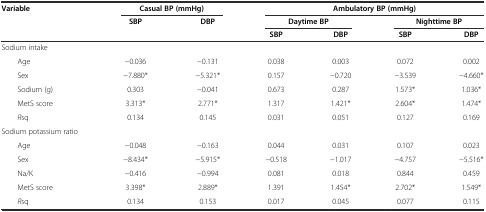
<table><thead><tr><td rowspan="3"><b>Variable</b></td><td colspan="2"><b>Casual BP (mmHg)</b></td><td colspan="4"><b>Ambulatory BP (mmHg)</b></td></tr><tr><td rowspan="2"><b>SBP</b></td><td rowspan="2"><b>DBP</b></td><td colspan="2"><b>Daytime BP</b></td><td colspan="2"><b>Nighttime BP</b></td></tr><tr><td><b>SBP</b></td><td><b>DBP</b></td><td><b>SBP</b></td><td><b>DBP</b></td></tr></thead><tbody><tr><td>Sodium intake</td><td></td><td></td><td></td><td></td><td></td><td></td></tr><tr><td>Age</td><td>−0.036</td><td>−0.131</td><td>0.038</td><td>0.003</td><td>0.072</td><td>0.002</td></tr><tr><td>Sex</td><td>−7.880*</td><td>−5.321*</td><td>0.157</td><td>−0.720</td><td>−3.539</td><td>−4.660*</td></tr><tr><td>Sodium (g)</td><td>0.303</td><td>−0.041</td><td>0.673</td><td>0.287</td><td>1.573*</td><td>1.036*</td></tr><tr><td>MetS score</td><td>3.313*</td><td>2.771*</td><td>1.317</td><td>1.421*</td><td>2.604*</td><td>1.474*</td></tr><tr><td><i>R</i>sq</td><td>0.134</td><td>0.145</td><td>0.031</td><td>0.051</td><td>0.127</td><td>0.169</td></tr><tr><td>Sodium potassium ratio</td><td></td><td></td><td></td><td></td><td></td><td></td></tr><tr><td>Age</td><td>−0.048</td><td>−0.163</td><td>0.044</td><td>0.031</td><td>0.107</td><td>0.023</td></tr><tr><td>Sex</td><td>−8.434*</td><td>−5.915*</td><td>−0.518</td><td>−1.017</td><td>−4.757</td><td>−5.516*</td></tr><tr><td>Na/K</td><td>−0.416</td><td>−0.994</td><td>0.081</td><td>0.018</td><td>0.844</td><td>0.459</td></tr><tr><td>MetS score</td><td>3.398*</td><td>2.889*</td><td>1.391</td><td>1.454*</td><td>2.702*</td><td>1.549*</td></tr><tr><td><i>R</i>sq</td><td>0.134</td><td>0.153</td><td>0.017</td><td>0.045</td><td>0.077</td><td>0.115</td></tr></tbody></table>